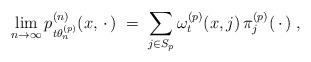
LaTeX: \begin{align*}\lim_{n\to\infty} p^{(n)}_{t \theta^{(p)}_n} (x,\,\cdot\,) \;=\;\sum_{j\in S_p} \omega^{(p)}_t(x,j)\, \pi^{(p)}_j (\,\cdot\,)\;,\end{align*}